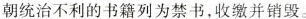
清朝统治不利的书籍列为禁书，收缴并销毁。